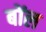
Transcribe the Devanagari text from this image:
बोंल